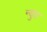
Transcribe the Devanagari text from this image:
न्युड